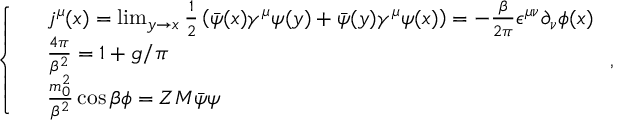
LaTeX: \left\{ \begin{array} { l l } { { } } & { { j ^ { \mu } ( x ) = \operatorname * { l i m } _ { y \rightarrow x } \frac { 1 } { 2 } \left( \bar { \psi } ( x ) \gamma ^ { \mu } \psi ( y ) + \bar { \psi } ( y ) \gamma ^ { \mu } \psi ( x ) \right) = - \frac { \beta } { 2 \pi } \epsilon ^ { \mu \nu } \partial _ { \nu } \phi ( x ) } } \\ { { } } & { { \frac { 4 \pi } { \beta ^ { 2 } } = 1 + g / \pi } } \\ { { } } & { { \frac { m _ { 0 } ^ { 2 } } { \beta ^ { 2 } } \cos \beta \phi = Z M \bar { \psi } \psi } } \end{array} \right. ,